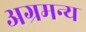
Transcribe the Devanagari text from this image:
अग्रमन्य